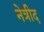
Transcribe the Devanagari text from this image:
नेत्रीद